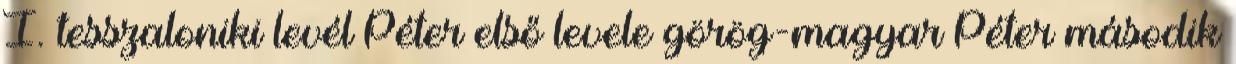
I. tesszaloniki levél Péter első levele görög-magyar Péter második